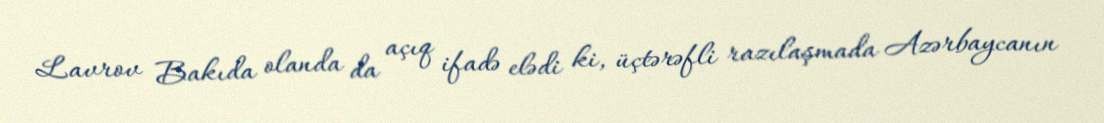
Lavrov Bakıda olanda da açıq ifadə elədi ki, üçtərəfli razılaşmada Azərbaycanın